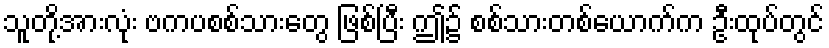
သူတို့အားလုံး ဗကပစစ်သားတွေ ဖြစ်ပြီး ဤ၌ စစ်သားတစ်ယောက်က ဦးထုပ်တွင်